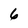
Character: 6